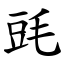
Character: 毭